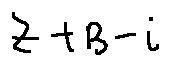
z + B - i